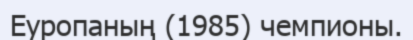
Еуропаның (1985) чемпионы.